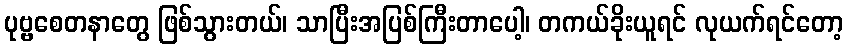
ပုဗ္ဗစေတနာတွေ ဖြစ်သွားတယ်၊ သာပြီးအပြစ်ကြီးတာပေါ့၊ တကယ်ခိုးယူရင် လုယက်ရင်တော့